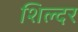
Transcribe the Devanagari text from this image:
शिल्दर